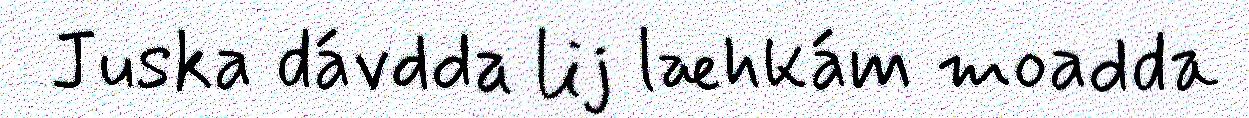
Juska dávdda lij læhkám moadda